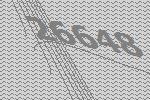
26648